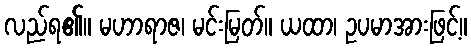
လည်ရ၏။ မဟာရာဇ၊ မင်းမြတ်။ ယထာ၊ ဥပမာအားဖြင့်။